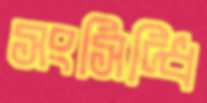
সংসিদ্ধি